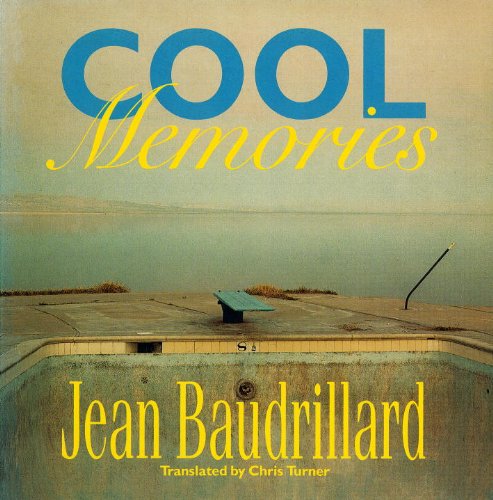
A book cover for Cool Memories; Jean Baudrillard; Politics & Social Sciences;